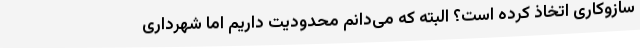
سازوکاری اتخاذ کرده است؟ البته که می‌دانم محدودیت داریم اما شهرداری